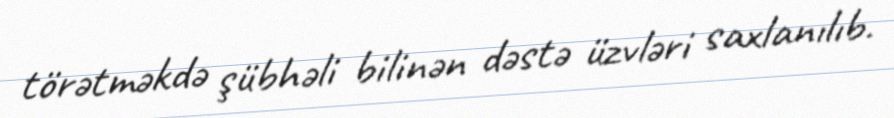
törətməkdə şübhəli bilinən dəstə üzvləri saxlanılıb.